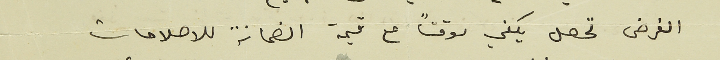
الفرض تحصل يكفي موقتاً مع قيمة الضمانة للاصلاحات.